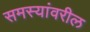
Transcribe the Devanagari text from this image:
समस्यांवरील